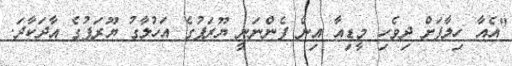
"އެއާ ހިލާފަށް ދިވެހި މީޑިއާ އިން ފެންނަނީ ޔޫރަޕުގެ އަހުލާގު ޔޫރަޕުގެ އާދަކާދަ.